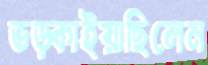
ভড়্‌কাইয়াছিলেন